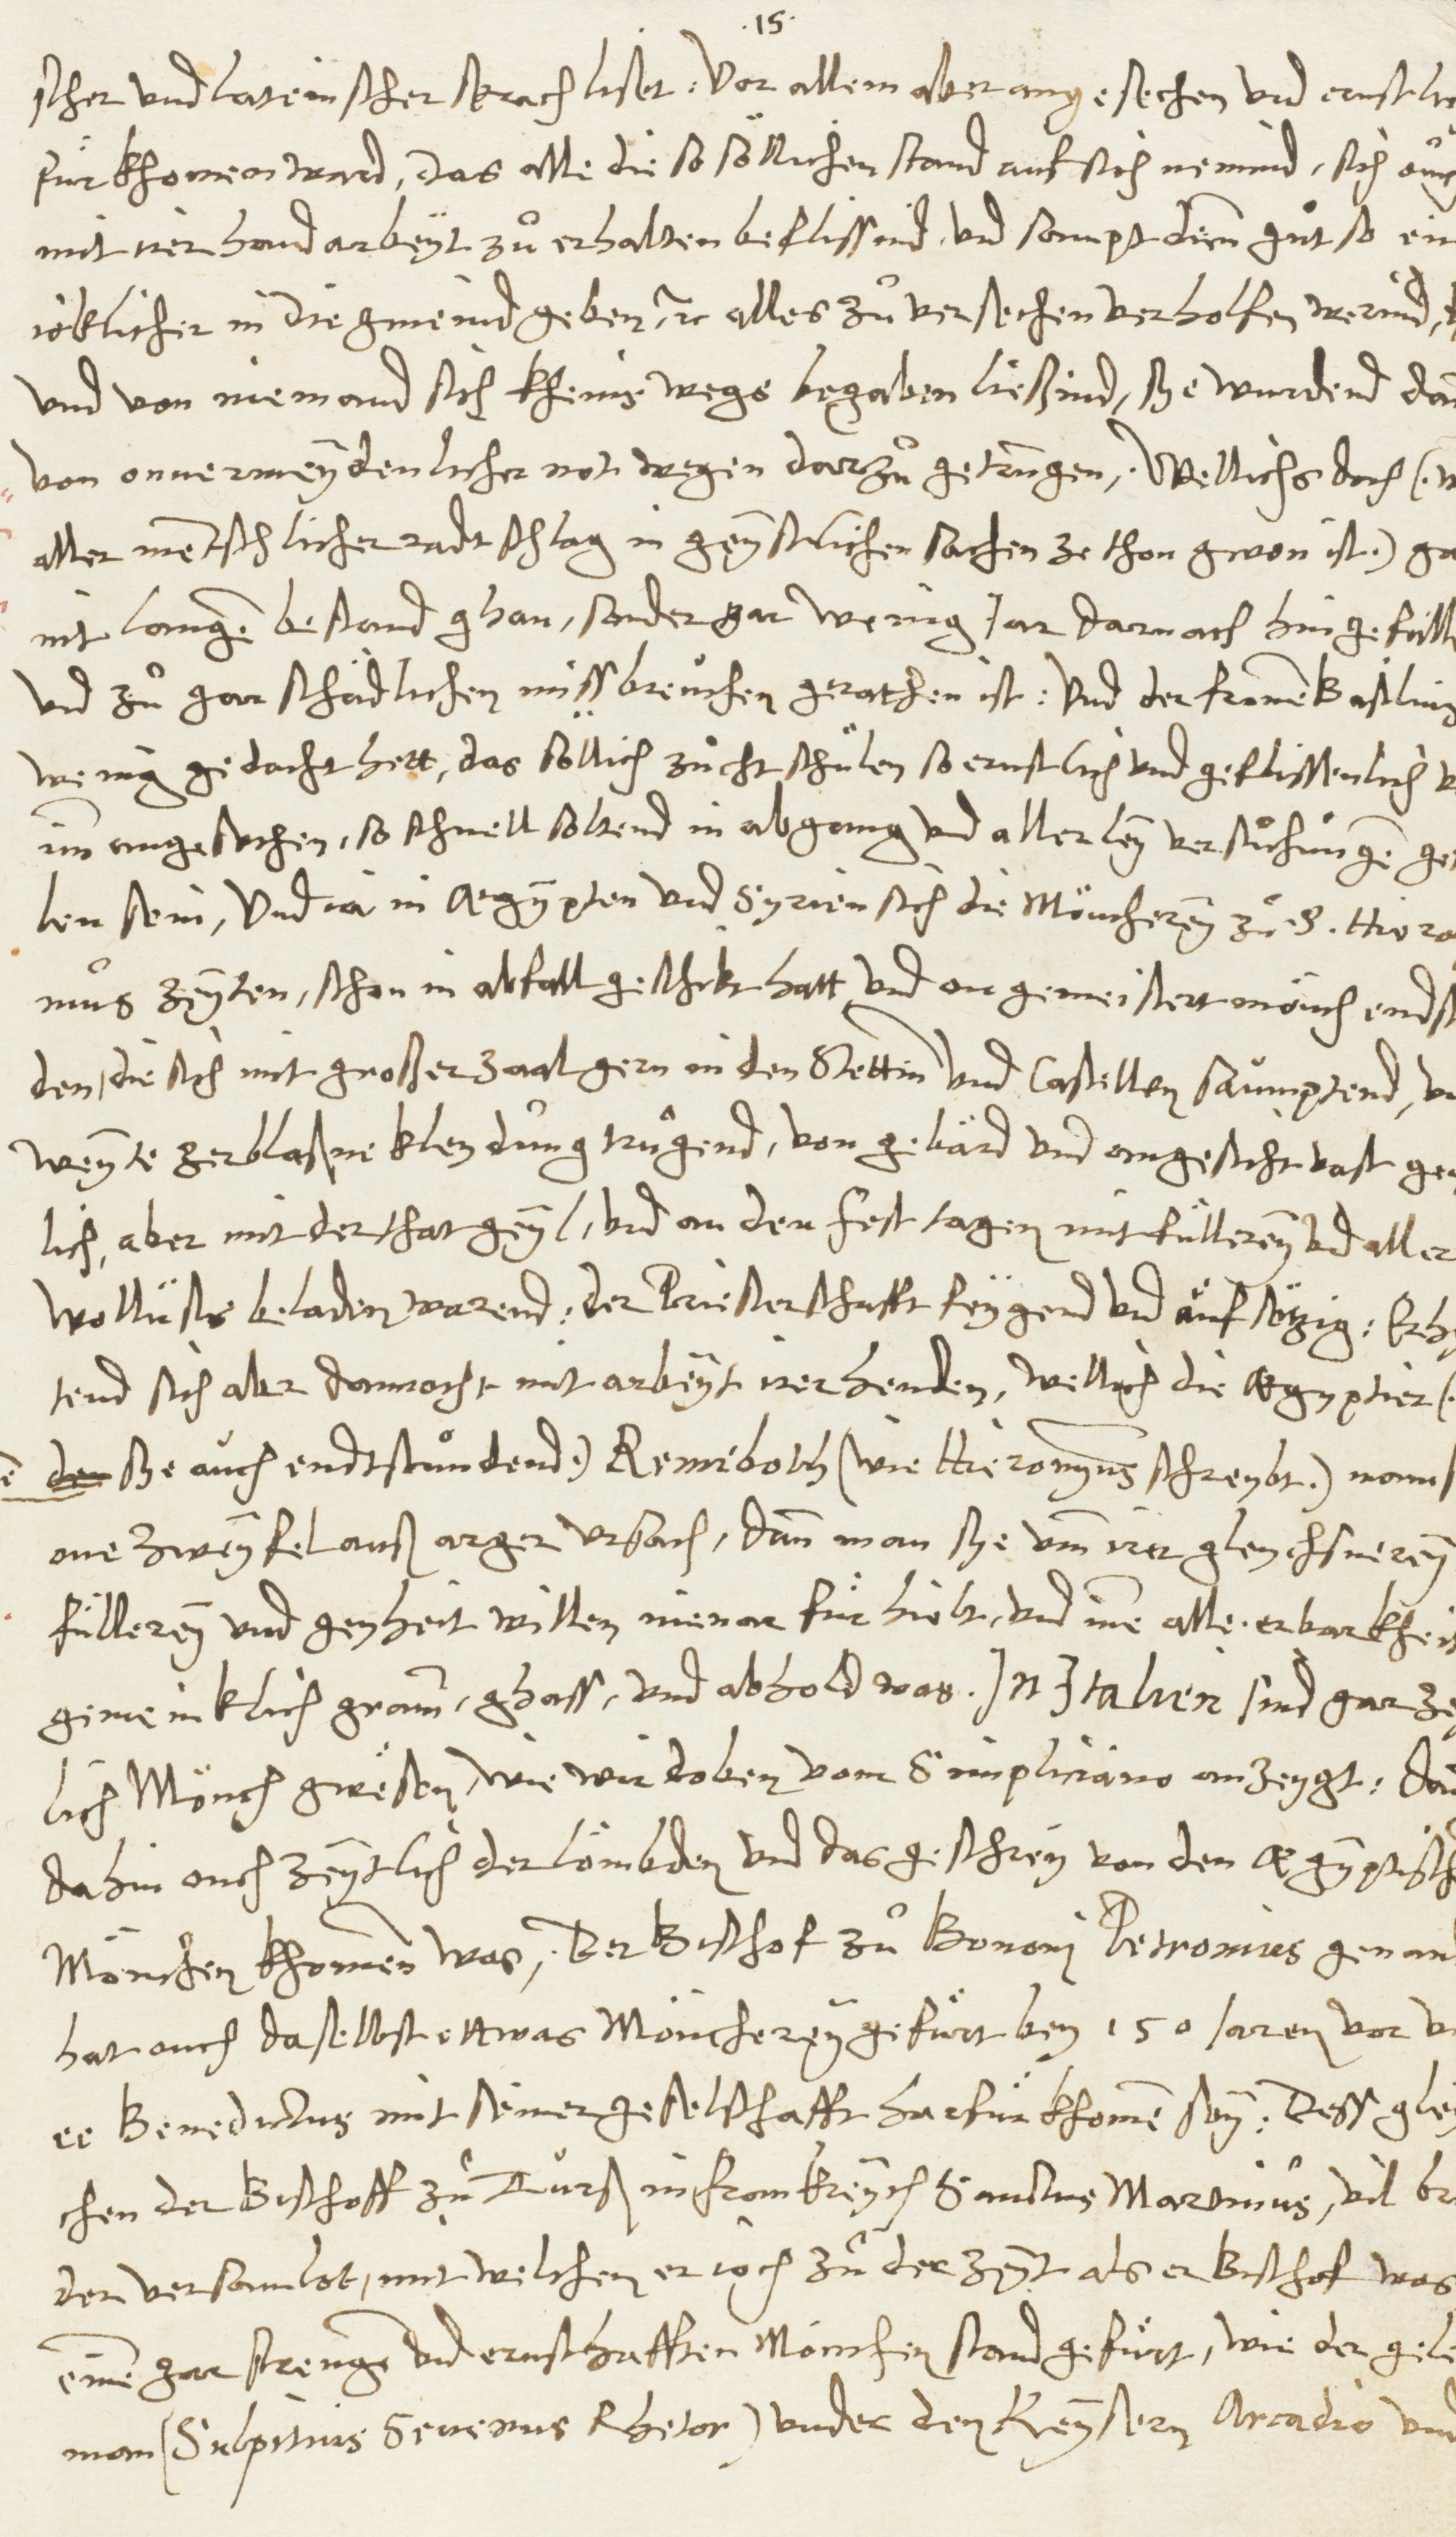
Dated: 1545–1546